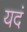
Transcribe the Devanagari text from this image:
यदं